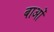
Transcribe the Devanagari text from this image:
बाओं